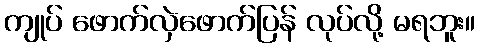
ကျုပ် ဖောက်လှဲဖောက်ပြန် လုပ်လို့ မရဘူး။